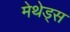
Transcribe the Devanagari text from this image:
मेथेड्स